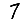
Digit: 7